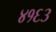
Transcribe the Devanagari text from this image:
४१६३